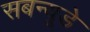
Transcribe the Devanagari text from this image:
सबन्यूडे